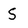
Character: S